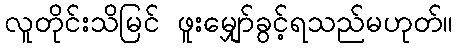
လူတိုင်းသိမြင် ဖူးမျှော်ခွင့်ရသည်မဟုတ်။